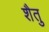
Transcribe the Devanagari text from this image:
शैतु